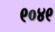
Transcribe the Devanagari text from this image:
९०४९